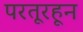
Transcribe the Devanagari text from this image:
परतूरहून